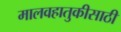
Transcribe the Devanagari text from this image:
मालवहातुकीसाठी